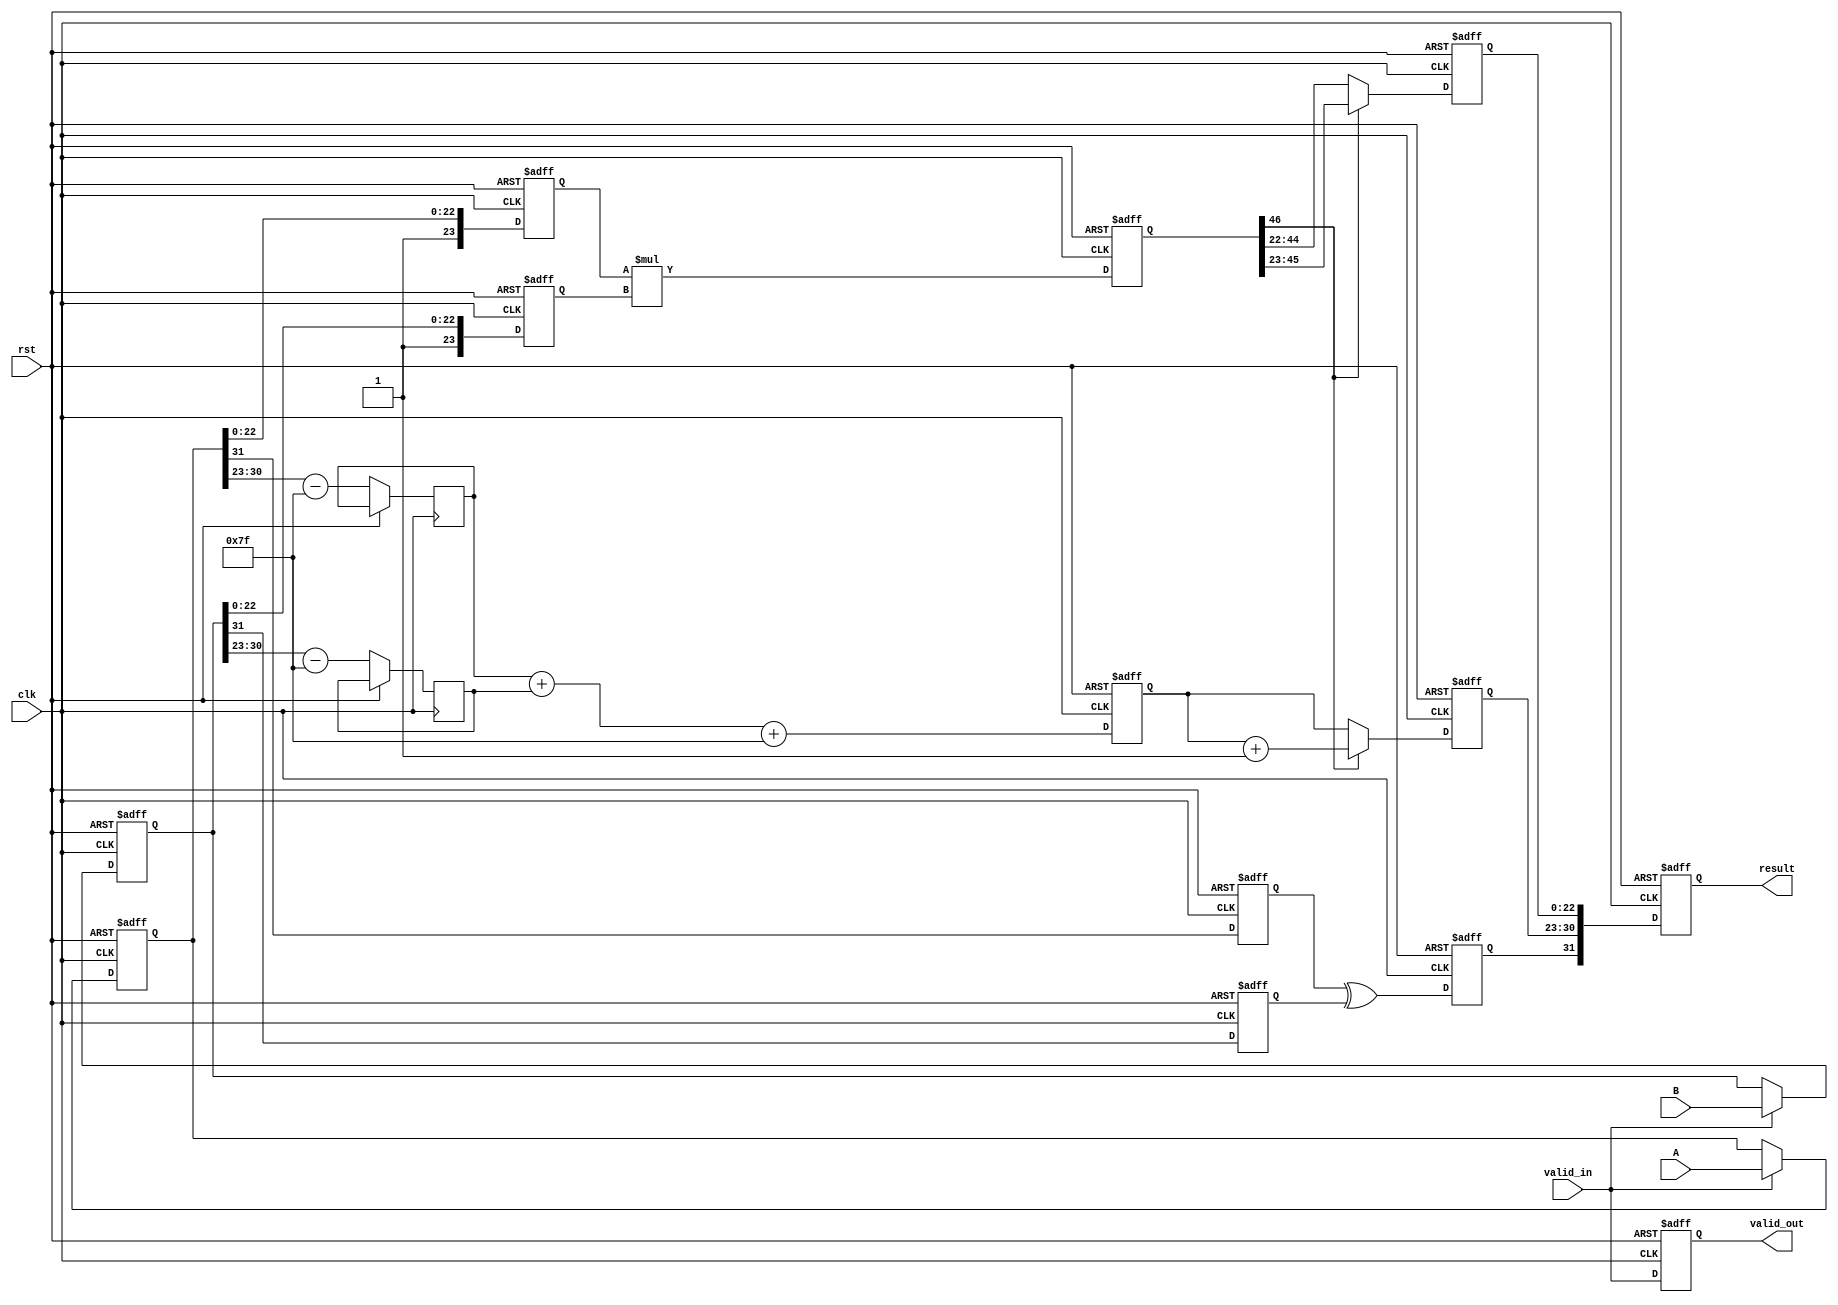
module pipelined_fp_multiplier (
    input clk,
    input rst,
    input valid_in,
    input [31:0] A, // First floating-point input
    input [31:0] B, // Second floating-point input
    output reg valid_out,
    output reg [31:0] result // Resulting floating-point output
);

    // Internal signals
    reg [31:0] A_reg, B_reg;
    reg [7:0] exp_A, exp_B, exp_result;
    reg [23:0] mant_A, mant_B, mant_result;
    reg sign_A, sign_B, sign_result;
    reg [46:0] mant_product; // 23 + 23 = 46 bits for mantissa product
    reg [7:0] exp_sum;
    
    // Stage 1: Input Stage
    always @(posedge clk or posedge rst) begin
        if (rst) begin
            A_reg <= 32'b0;
            B_reg <= 32'b0;
        end else if (valid_in) begin
            A_reg <= A;
            B_reg <= B;
        end
    end

    // Stage 2: Normalization Stage
    always @(posedge clk or posedge rst) begin
        if (rst) begin
            sign_A <= 1'b0;
            sign_B <= 1'b0;
            mant_A <= 24'b0;
            mant_B <= 24'b0;
        end else begin
            sign_A <= A_reg[31];
            sign_B <= B_reg[31];
            exp_A <= A_reg[30:23] - 8'd127; // Remove bias
            exp_B <= B_reg[30:23] - 8'd127; // Remove bias
            mant_A <= {1'b1, A_reg[22:0]}; // Implicit leading 1
            mant_B <= {1'b1, B_reg[22:0]}; // Implicit leading 1
        end
    end

    // Stage 3: Exponent Calculation Stage
    always @(posedge clk or posedge rst) begin
        if (rst) begin
            exp_sum <= 8'b0;
        end else begin
            exp_sum <= exp_A + exp_B + 8'd127; // Add bias back
        end
    end

    // Stage 4: Mantissa Multiplication Stage
    always @(posedge clk or posedge rst) begin
        if (rst) begin
            mant_product <= 47'b0;
        end else begin
            mant_product <= mant_A * mant_B; // Multiply mantissas
        end
    end

    // Stage 5: Normalization of Result Stage
    always @(posedge clk or posedge rst) begin
        if (rst) begin
            mant_result <= 24'b0;
            exp_result <= 8'b0;
            sign_result <= 1'b0;
        end else begin
            // Normalize mantissa
            if (mant_product[46]) begin
                mant_result <= mant_product[46:23]; // Shift right
                exp_result <= exp_sum + 1; // Adjust exponent
            end else begin
                mant_result <= mant_product[45:22]; // Keep as is
                exp_result <= exp_sum; // No adjustment
            end
            sign_result <= sign_A ^ sign_B; // XOR for sign
        end
    end

    // Stage 6: Output Stage
    always @(posedge clk or posedge rst) begin
        if (rst) begin
            result <= 32'b0;
            valid_out <= 1'b0;
        end else begin
            result <= {sign_result, exp_result, mant_result[22:0]}; // Combine to form result
            valid_out <= valid_in; // Pass valid signal
        end
    end

endmodule